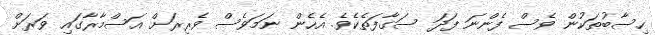
ހިސާބުތަކުން ވެސް ފެންނަ ފަދަ ސަގާފަތެކެވެ. އެހެން ނަމަވެސް ވެރިރަށް އަސްމާރާގައި ވަރަށް